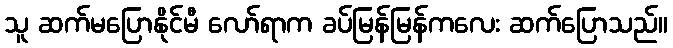
သူ ဆက်မပြောနိုင်မီ လော်ရာက ခပ်မြန်မြန်ကလေး ဆက်ပြောသည်။